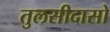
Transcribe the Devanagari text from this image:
तुलसीदासो